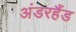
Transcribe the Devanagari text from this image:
अंडरहैंड